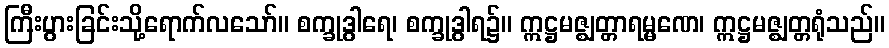
ကြီးပွားခြင်းသို့ရောက်လသော်။ စက္ခုဒွါရေ၊ စက္ခုဒွါရ၌။ ဣဋ္ဌမဇ္ဈတ္တာရမ္မဏေ၊ ဣဋ္ဌမဇ္ဈတ္တရုံသည်။